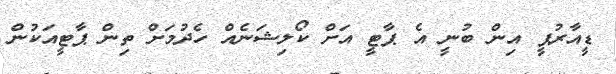
ޑީއާރުޕީ އިން ބުނީ އެ ޕާޓީ އަށް ކޯލިޝަނެއް ހެދުމަށް ތިން ޕާޓީއަކުން